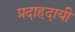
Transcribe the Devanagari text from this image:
प्रदाहदायी